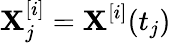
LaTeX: \mathbf{X}_{j}^{[i]}=\mathbf{X}^{[i]}(t_{j})